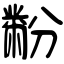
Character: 黺